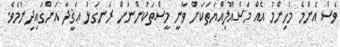
ވެސް އެންމެ މުހިންމު އެއް މަސްއޫލިއްޔަތަކަށް ވާނީ މީސްތަކުންނަށް ރަނގަޅު ޢަޤީދާ އަންގައިދިނުމެވެ.